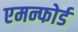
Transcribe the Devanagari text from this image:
एमन्फोर्ड